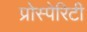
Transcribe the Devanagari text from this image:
प्रोस्पेरिटी